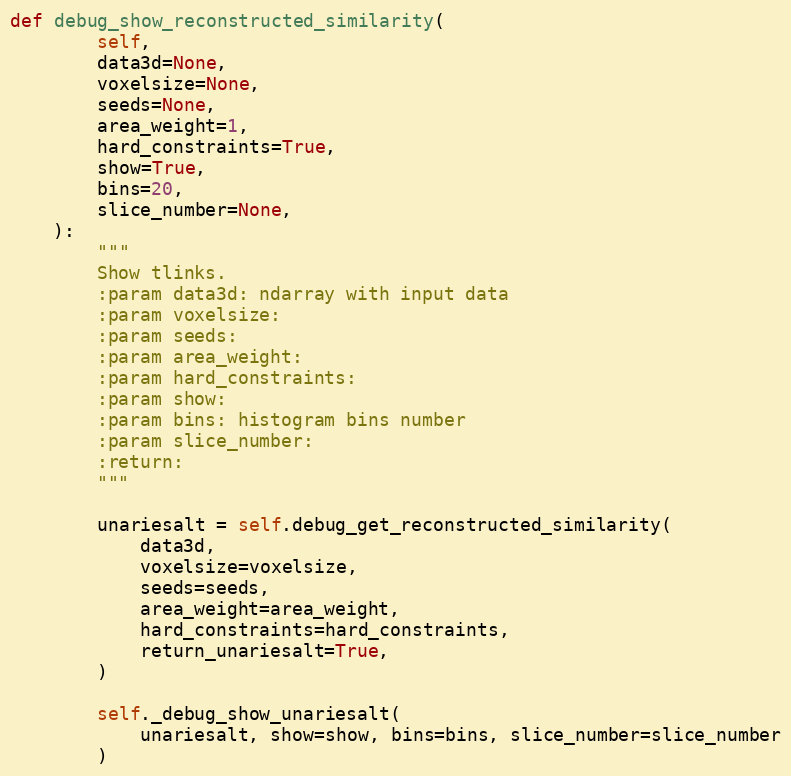
Language: Python
def debug_show_reconstructed_similarity(
        self,
        data3d=None,
        voxelsize=None,
        seeds=None,
        area_weight=1,
        hard_constraints=True,
        show=True,
        bins=20,
        slice_number=None,
    ):
        """
        Show tlinks.
        :param data3d: ndarray with input data
        :param voxelsize:
        :param seeds:
        :param area_weight:
        :param hard_constraints:
        :param show:
        :param bins: histogram bins number
        :param slice_number:
        :return:
        """

        unariesalt = self.debug_get_reconstructed_similarity(
            data3d,
            voxelsize=voxelsize,
            seeds=seeds,
            area_weight=area_weight,
            hard_constraints=hard_constraints,
            return_unariesalt=True,
        )

        self._debug_show_unariesalt(
            unariesalt, show=show, bins=bins, slice_number=slice_number
        )